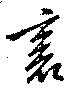
裏